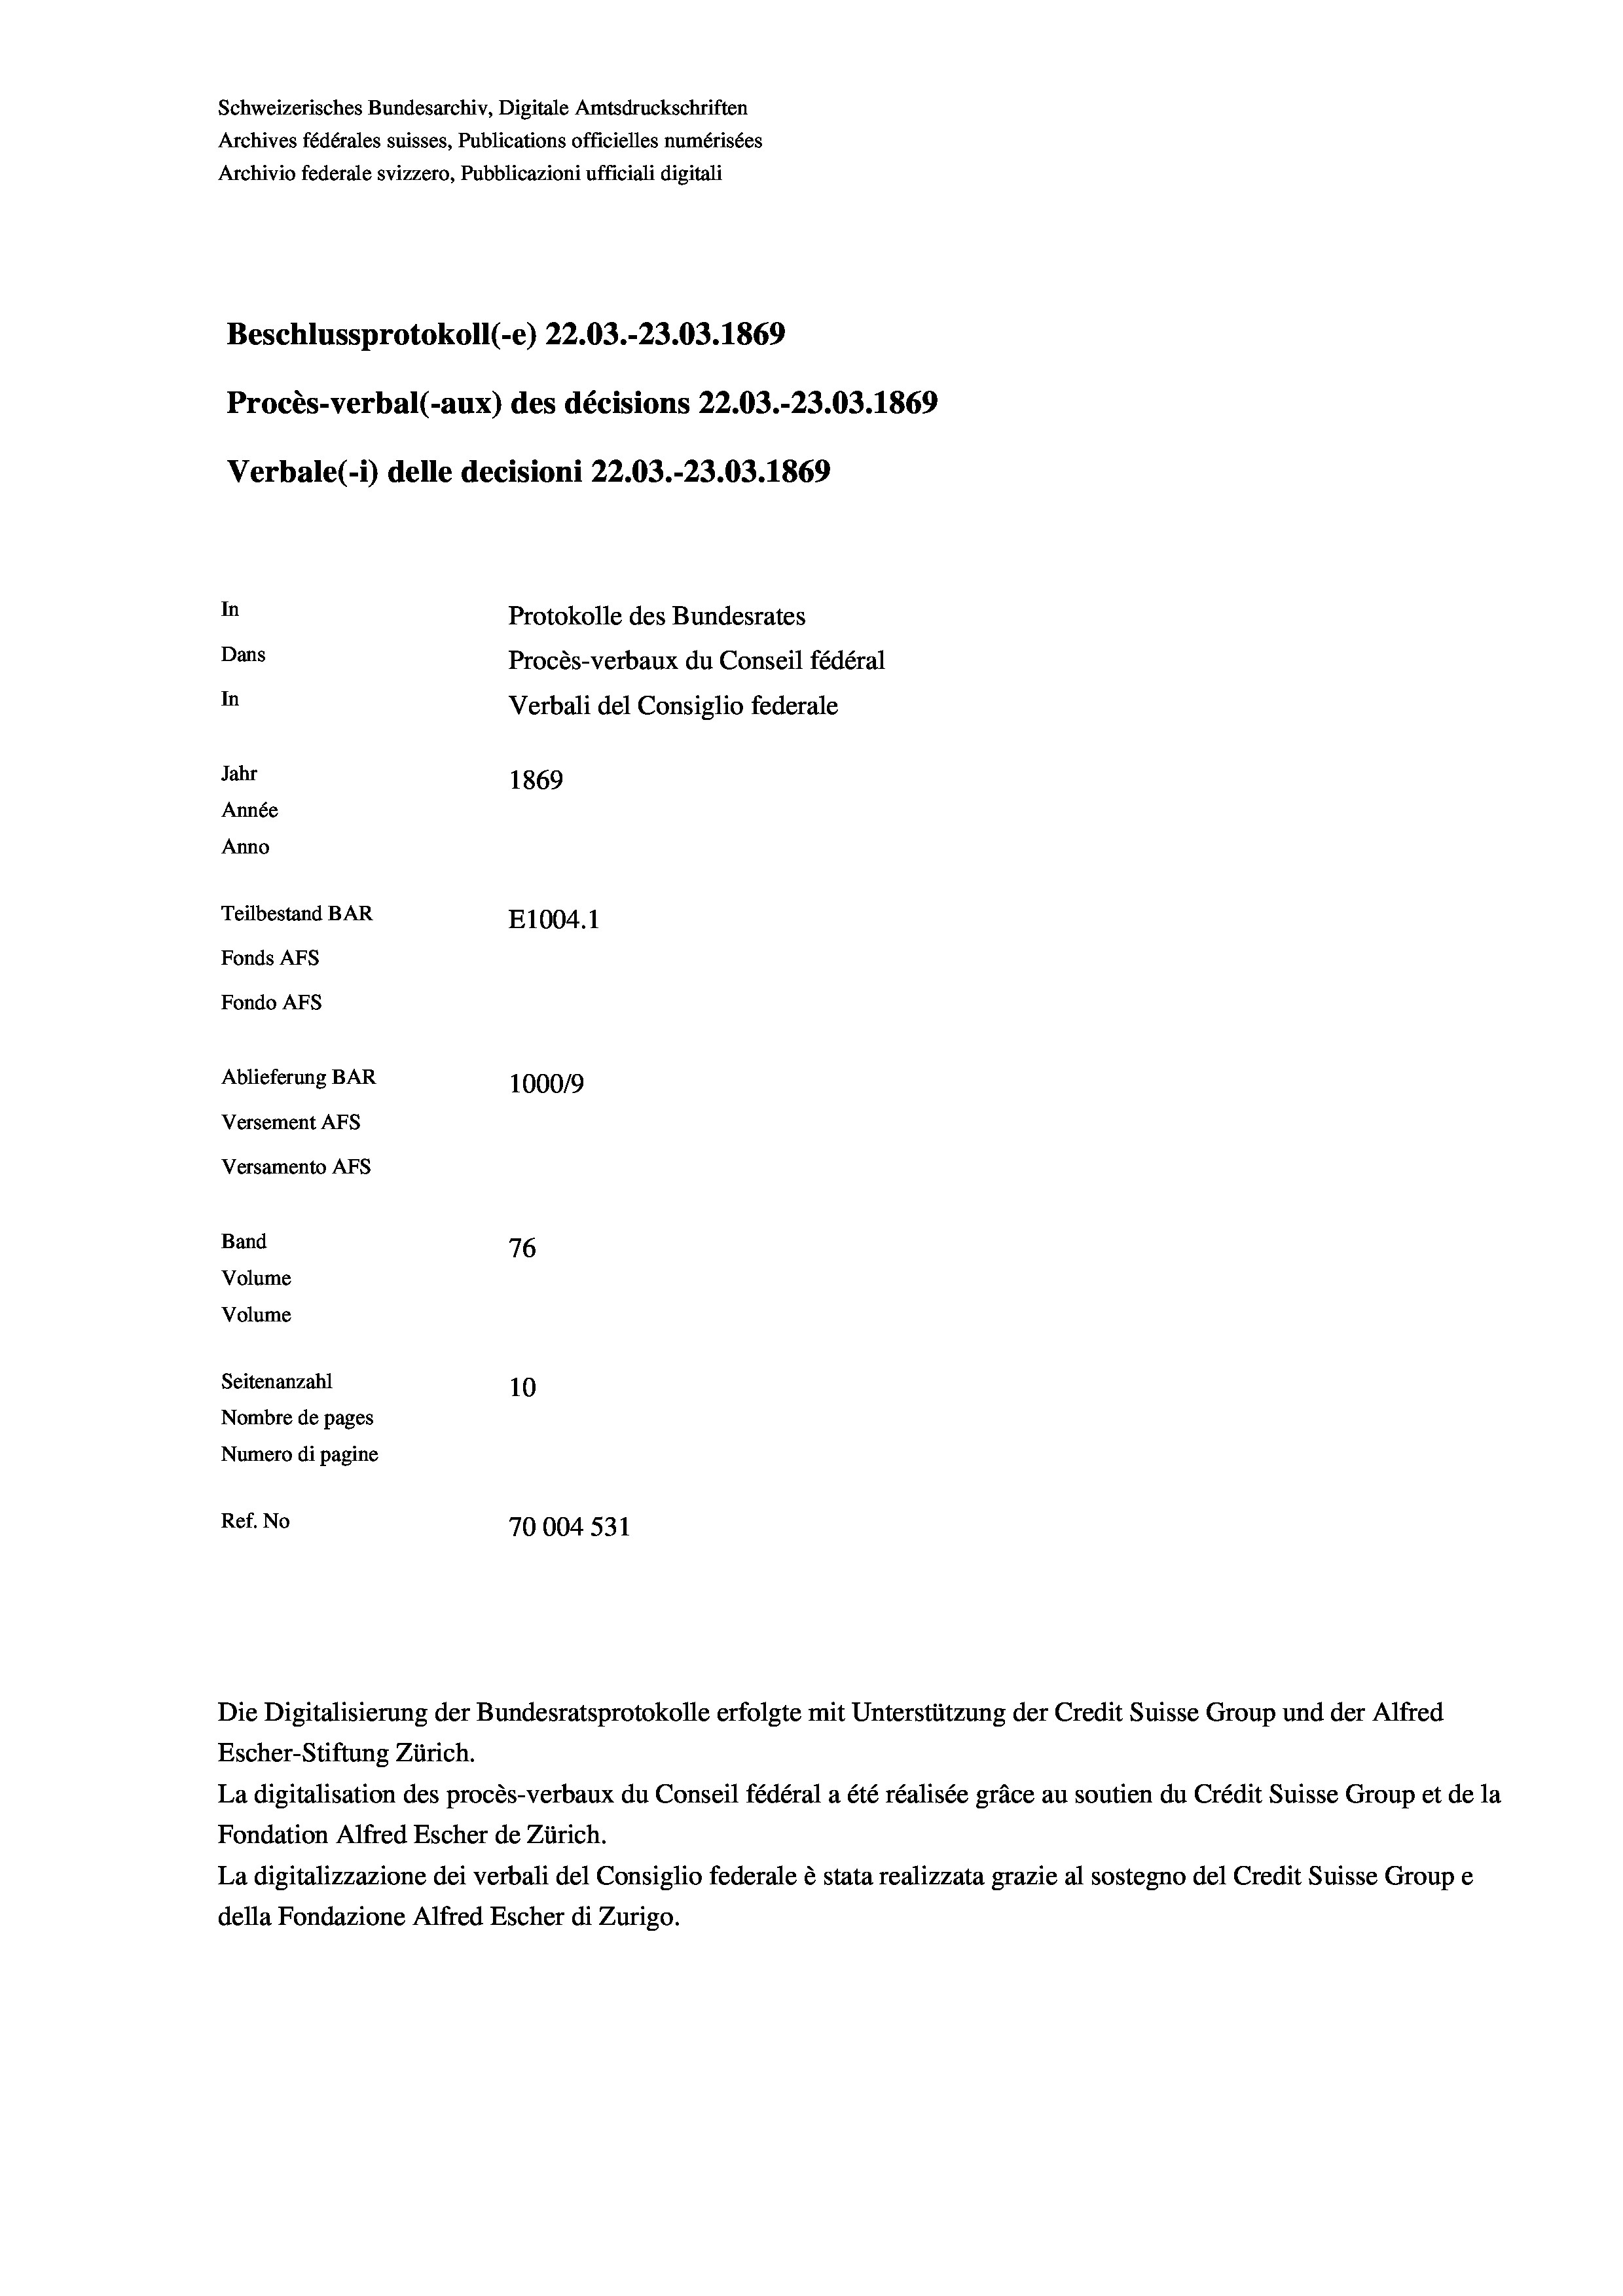
Schweizerisches Bundesarchiv, Digitale Amtsdruckschriften
Archives fédérales suisses, Publications officielles numérisées
Archivio federale svizzero, Pubblicazioni ufficiali digitali
Beschlussprotokoll (-e) 22.03.-23.03. 1869
Procès-verbal (-aux) des décisions 22.03.-23.03. 1869
Verbale (i) delle decisioni 22.03.-23.03. 1869
In
Protokolle des Bundesrates
Dans
Procès-verbaux du Conseil fédéral
In
Verbali del Consiglio federale
Jahr
1869
Année
Anno
Teilbestand BAR
E1004.1
Fonds AFs
Fondo AFS
Ablieferung BAR
100019
Versement AFs
Versamento AFs
Band
76
Volume

Seitenanzahl
10
Nombre de pages
Numero di pagine
Ref. No
70004 531

Volume

Die Digitalisierung der Bundesratsprotokolle erfolgte mit Unterstützung der Credit Suisse Group und der Alfred

Escher-Stiftung Zürich.
La digitalisation des procès-verbaux du Conseil fédéral a été réalisée gräce au soutien du Crédit Suisse Group et de la
Fondation Alfred Escher de Zürich.
La digitalizzazione dei verbali del Consiglio federale è stata realizzata grazie al sostegno del Credit Suisse Groupe
della Fondazione Alfred Escher di Zurigo.